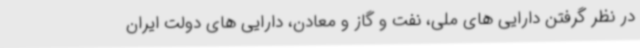
در نظر گرفتن دارایی های ملی، نفت و گاز و معادن، دارایی های دولت ایران